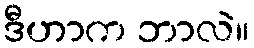
ဒီဟာက ဘာလဲ။